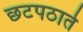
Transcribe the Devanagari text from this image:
छटपठाते